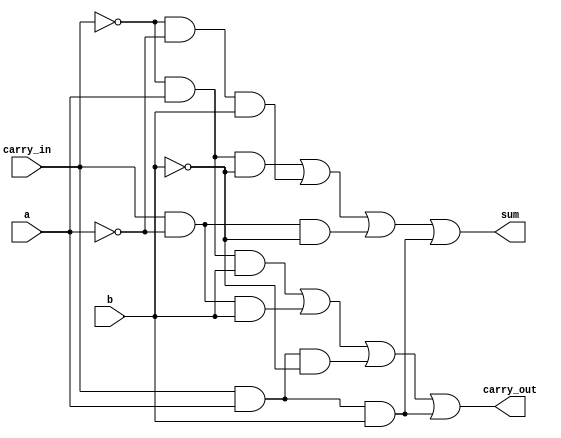
module full_adder(
input a,
input b, 
input carry_in,
output sum, 
output carry_out
);
assign sum =  ((~carry_in) & a &(~b)) | ((~carry_in) &(~a)&b ) | (carry_in &(~a) &(~b)) | (carry_in & a & b) ;
assign carry_out = ((~carry_in) & a &b) | ((carry_in) &(~a)&b ) | (carry_in &(a) &(~b)) | (carry_in & a & b)  ;
endmodule